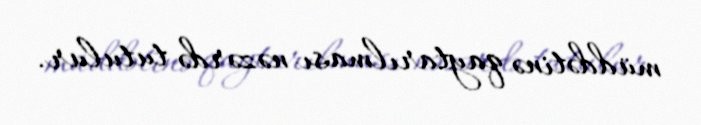
müddətinə qaytarılması nəzərdə tutulur.